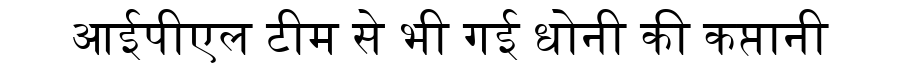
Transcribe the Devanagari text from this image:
आईपीएल टीम से भी गई धोनी की कप्तानी